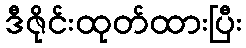
ဒီဇိုင်းထုတ်ထားပြီး